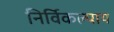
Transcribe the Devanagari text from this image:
निर्विकल्पाय